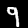
Label: 9